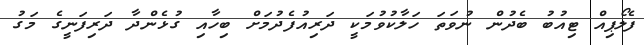
ފެލޯޕިއް ޓިއުބު ބެދުން ނުވަތަ ހަލާކުވުމަކީ ދަރިއުފެދުމަށް ބިހާއި ގުޅެންދާ ދަރިފަނީގެ މަގު